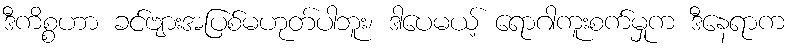
ဒီကိစ္စဟာ ခင်ဗျားအပြစ်မဟုတ်ပါဘူး၊ ဒါပေမယ့် ရောဂါကူးစက်မှုက ဒီနေရာက